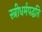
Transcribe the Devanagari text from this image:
स्त्रीधर्मपद्धति